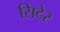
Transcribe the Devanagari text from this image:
सिटेर